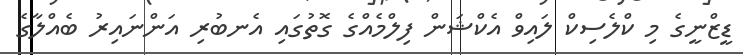
ޑީޒްނީގެ މި ކްލެސިކް ލައިވް އެކްޝަން ފިލްމެއްގެ ގޮތުގައި އެނބުރި އަންނައިރު ބެއްލާގެ